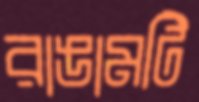
রাঙামটি